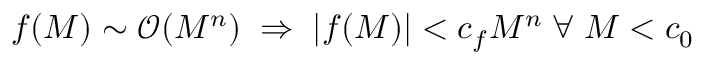
f ( M ) \sim \mathcal { O } ( M ^ { n } ) \; \Rightarrow \; | f ( M ) | < c _ { f } M ^ { n } \; \forall \; M < c _ { 0 }